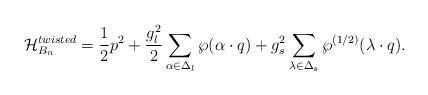
LaTeX: \begin{align*}{\cal H}_{B_n}^{twisted}={1\over2}p^2+{g_l^2\over2} \sum_{\alpha\in\Delta_l} \wp(\alpha\cdot q)+ {g_s^2}\sum_{\lambda\in\Delta_s} \wp^{(1/2)}(\lambda\cdot q). \end{align*}